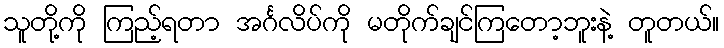
သူတို့ကို ကြည့်ရတာ အင်္ဂလိပ်ကို မတိုက်ချင်ကြတော့ဘူးနဲ့ တူတယ်။